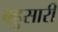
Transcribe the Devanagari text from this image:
बहुसारी